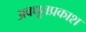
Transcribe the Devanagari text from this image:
अवधूतप्रकाश